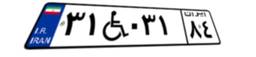
۱۷W۷۴۸۸۳